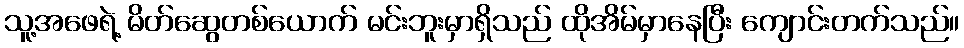
သူ့အဖေရဲ့ မိတ်ဆွေတစ်ယောက် မင်းဘူးမှာရှိသည် ထိုအိမ်မှာနေပြီး ကျောင်းတက်သည်။